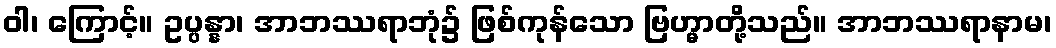
ဝါ၊ ကြောင့်။ ဥပ္ပန္နာ၊ အာဘဿရာဘုံ၌ ဖြစ်ကုန်သော ဗြဟ္မာတို့သည်။ အာဘဿရာနာမ၊